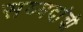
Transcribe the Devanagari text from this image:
सय्यदांची